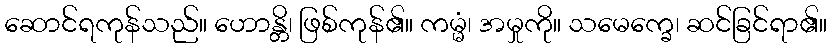
ဆောင်ရကုန်သည်။ ဟောန္တိ၊ ဖြစ်ကုန်၏။ ကမ္မံ၊ အမှုကို။ သမေက္ခေ၊ ဆင်ခြင်ရာ၏။